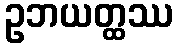
ဥဘယတ္ထဿ